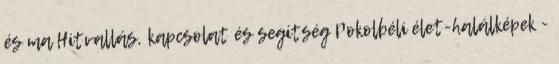
és ma Hitvallás, kapcsolat és segítség Pokolbéli élet-halálképek -